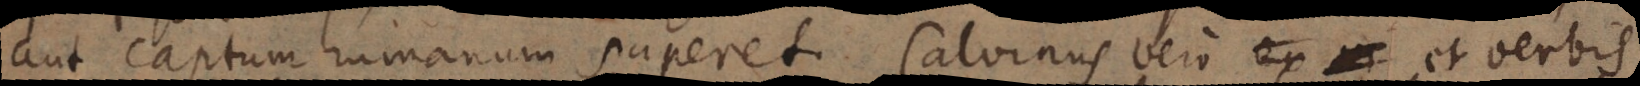
aut captum humanum superet. Calvinus vero et verbis,